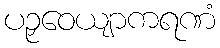
ပဉှဝေယျာကရဏံ